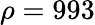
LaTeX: \rho=993